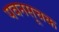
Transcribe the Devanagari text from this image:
पवनसूचक